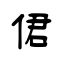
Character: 侰